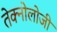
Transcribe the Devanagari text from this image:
तेक्नोलोजी